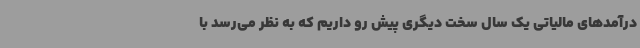
درآمدهای مالیاتی یک سال سخت دیگری پیش رو داریم که به نظر می‌رسد با